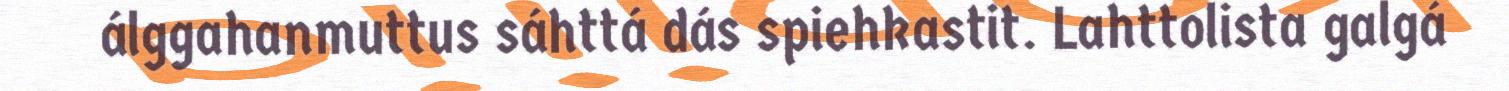
álggahanmuttus sáhttá dás spiehkastit. Lahttolista galgá